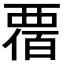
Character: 𧟸